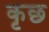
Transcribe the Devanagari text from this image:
कृछ